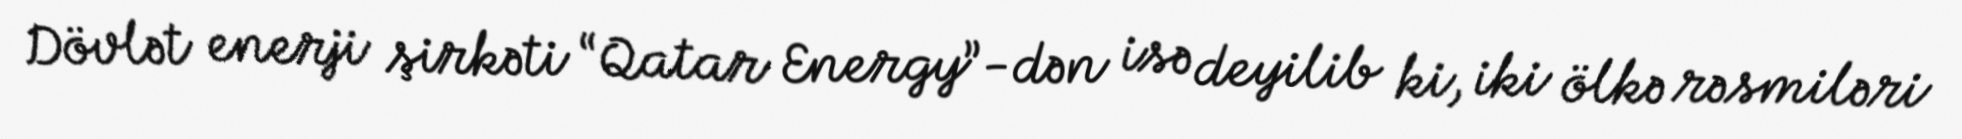
Dövlət enerji şirkəti “Qatar Energy”-dən isə deyilib ki, iki ölkə rəsmiləri